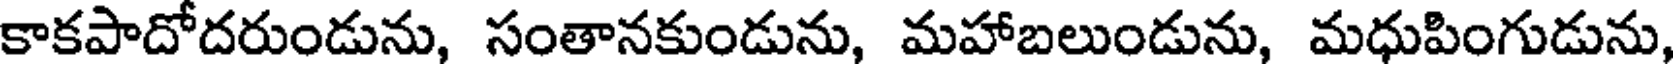
కాకపాదోదరుండును, సంతానకుండును, మహాబలుండును, మధుపింగుడును,